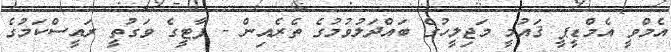
އެމްވީ އެމްޑީޕީ ޤައުމީ މަޖިލީހުގެ ބައްދަލުވުމުގެ ތެރެއިން - ޕާޓީގެ ވަގުތީ ރައީސްކަމުގެ